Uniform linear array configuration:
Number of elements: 12
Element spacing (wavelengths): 0.5
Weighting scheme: cosine
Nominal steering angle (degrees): -30
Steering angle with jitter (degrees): -30.855
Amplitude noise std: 0.05
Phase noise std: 0.05

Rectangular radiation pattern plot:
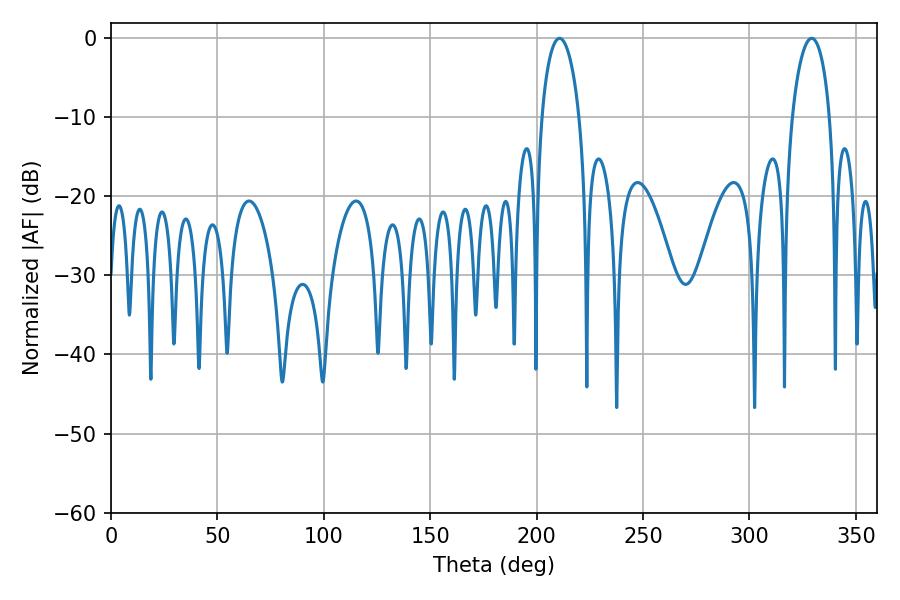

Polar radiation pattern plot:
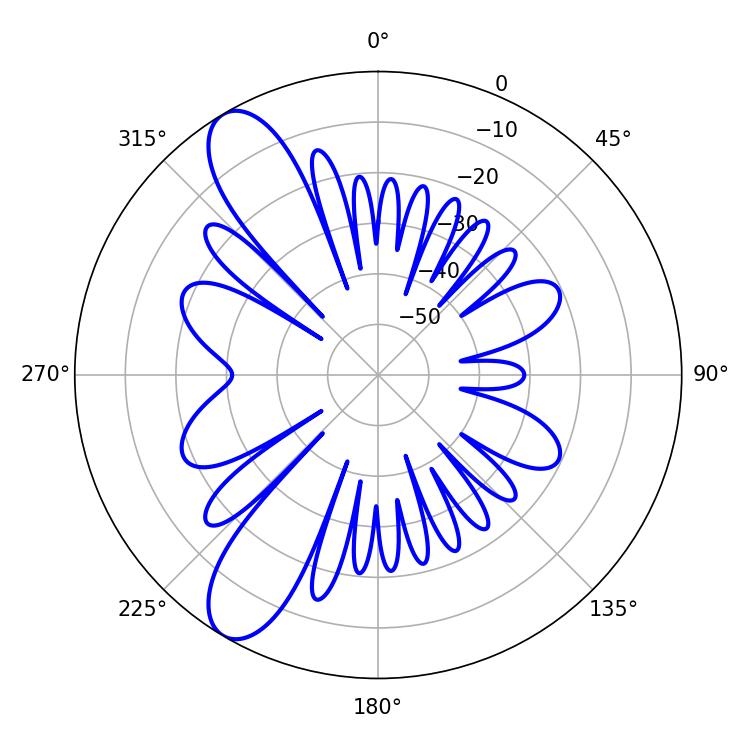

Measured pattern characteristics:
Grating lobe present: FALSE
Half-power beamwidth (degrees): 10.08
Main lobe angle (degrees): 210.78